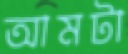
আমটা